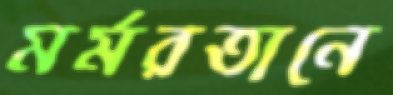
মর্মরতানে